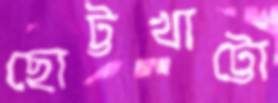
ছোট্টখাট্টো